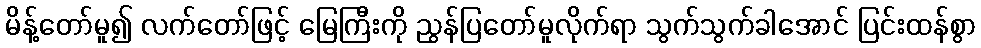
မိန့်တော်မူ၍ လက်တော်ဖြင့် မြေကြီးကို ညွန်ပြတော်မူလိုက်ရာ သွက်သွက်ခါအောင် ပြင်းထန်စွာ